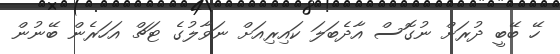
ހޭ ބޭބީ ދުރަށް ނުގޮސް އާދެބަލަ ކައިރިއަށް ނަވާލުގެ ޓަޗް އަހަރެން ބޭނުން